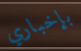
بإخباري